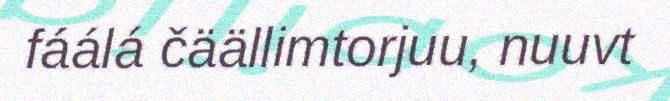
fáálá čäällimtorjuu, nuuvt